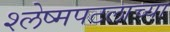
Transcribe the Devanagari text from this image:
श्लेष्मपटलाच्या